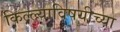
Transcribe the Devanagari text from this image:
किल्ल्याविषयीच्या